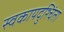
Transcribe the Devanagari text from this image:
स्वकायदुश्चिंता